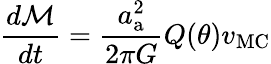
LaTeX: \frac{d\mathcal{M}}{dt}=\frac{a_{\mathrm{a}}^{2}}{2\pi G}Q(\theta)v_{\mathrm{MC}}